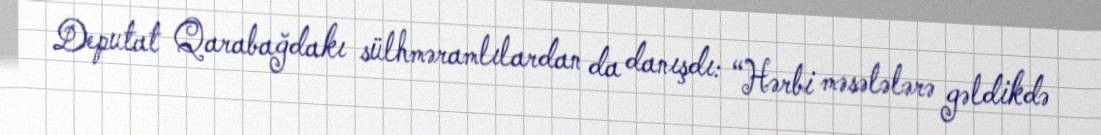
Deputat Qarabağdakı sülhməramlılardan da danışdı: “Hərbi məsələlərə gəldikdə